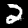
Digit: 2